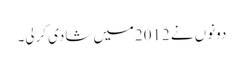
دونوں نے 2012میں شادی کرلی۔